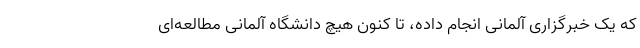
که یک خبرگزاری آلمانی انجام داده، تا کنون هیچ دانشگاه آلمانی مطالعه‌ای